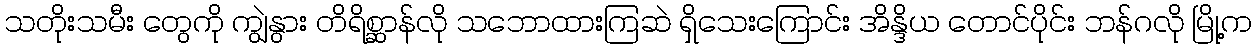
သတိုးသမီး တွေကို ကျွဲနွား တိရိစ္ဆာန်လို သဘောထားကြဆဲ ရှိသေးကြောင်း အိန္ဒိယ တောင်ပိုင်း ဘန်ဂလို မြို့က